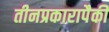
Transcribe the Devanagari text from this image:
तीनप्रकारापैकी